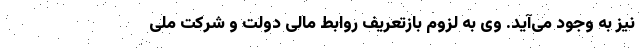
نیز به وجود می‌آید. وی به لزوم بازتعریف روابط مالی دولت و شرکت ملی